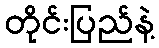
တိုင်းပြည်နဲ့